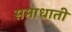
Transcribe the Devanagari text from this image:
समाधाती